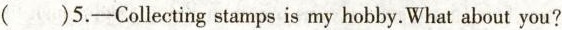
( )5.-Collecting stamps is my hobby. What about you?